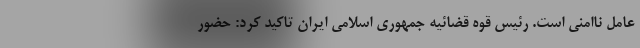
عامل ناامنی است. رئیس قوه قضائیه جمهوری اسلامی ایران تاکید کرد: حضور